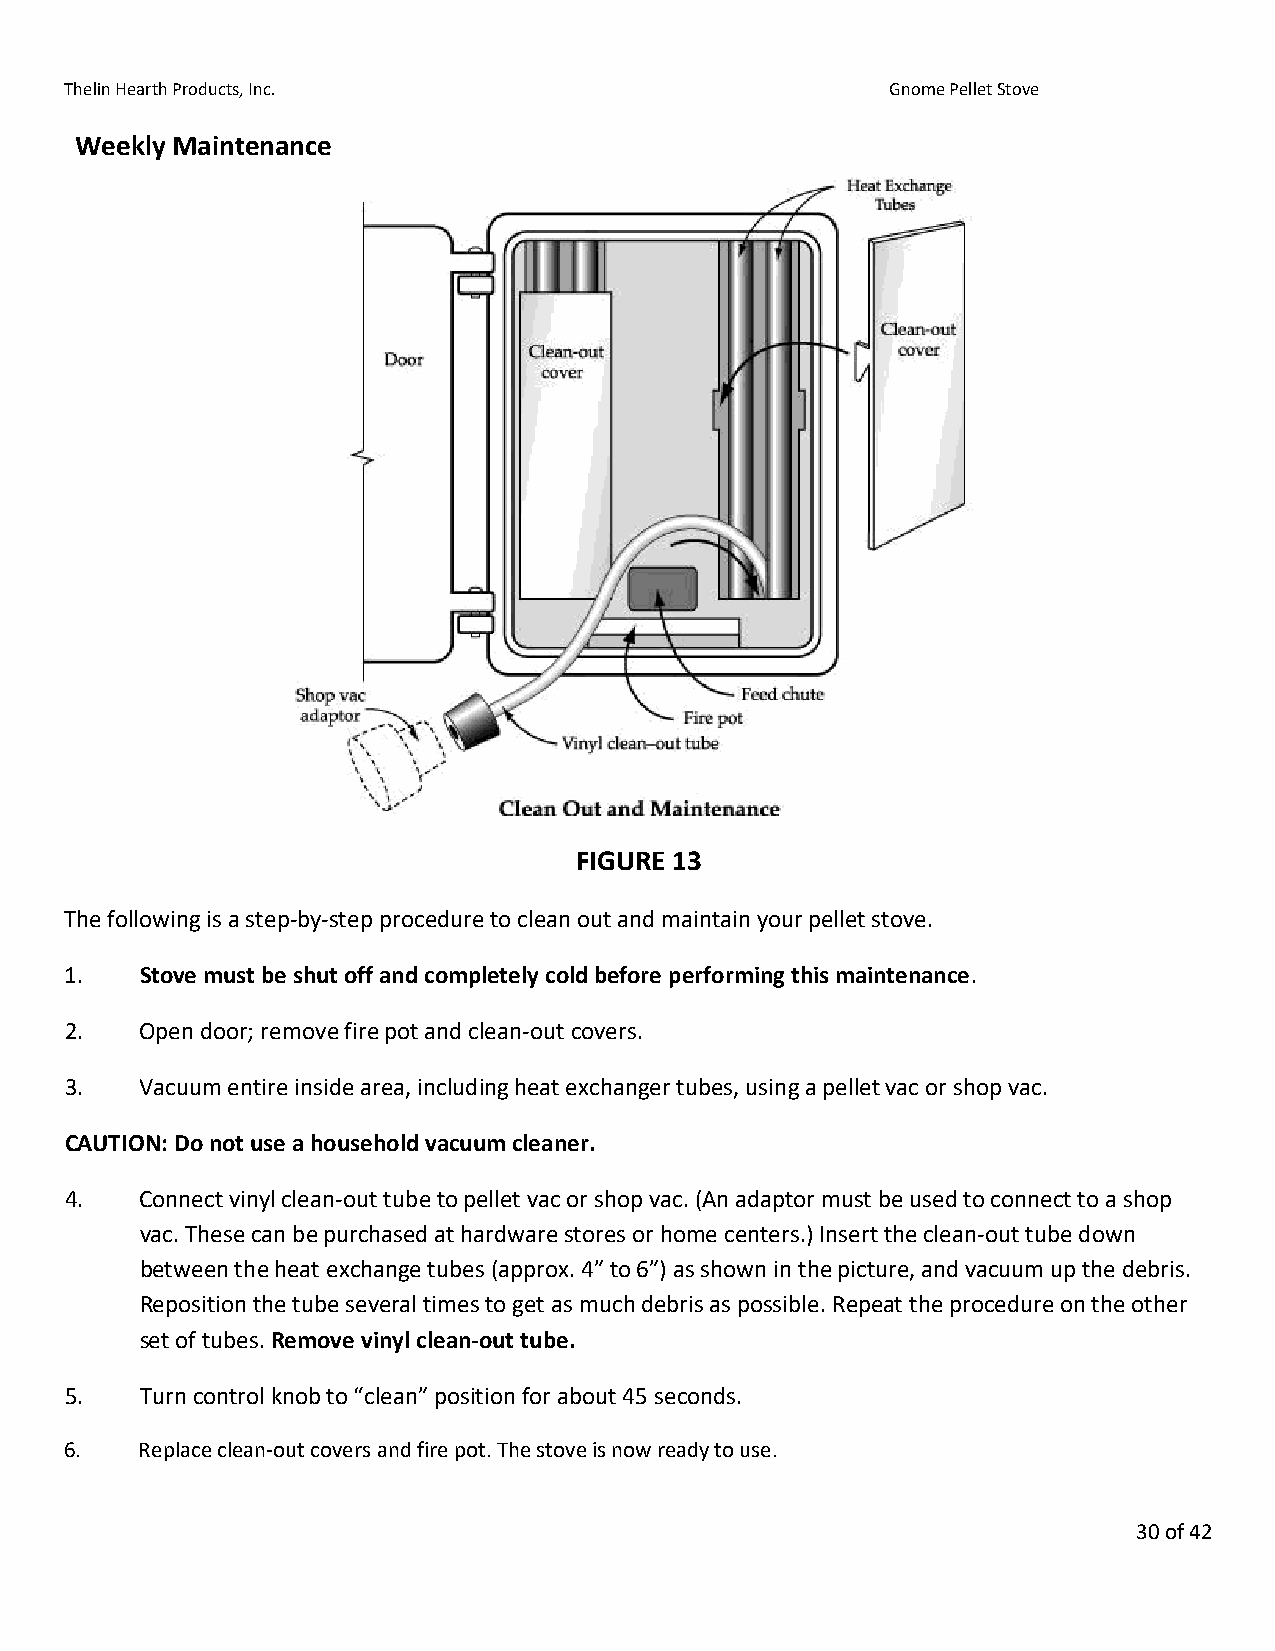
Thelin Hearth Products, Inc.                           Gnome Pellet Stove
 Weekly Maintenance
 FIGURE 13
 The following is a step-by-step procedure to clean out and maintain your pellet stove.
 1.   Stove must be shut off and completely cold before performing this maintenance.
 2.   Open door; remove fire pot and clean-out covers.
 3.   Vacuum entire inside area, including heat exchanger tubes, using a pellet vac or shop vac.
 CAUTION: Do not use a household vacuum cleaner.
 4.   Connect vinyl clean-out tube to pellet vac or shop vac. (An adaptor must be used to connect to a shop
 vac. These can be purchased at hardware stores or home centers.) Insert the clean-out tube down
 between the heat exchange tubes (approx. 4” to 6”) as shown in the picture, and vacuum up the debris.
 Reposition the tube several times to get as much debris as possible. Repeat the procedure on the other
 set of tubes. Remove vinyl clean-out tube.
 5.   Turn control knob to “clean” position for about 45 seconds.
 6.   Replace clean-out covers and fire pot. The stove is now ready to use.
 30 of 42